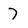
Character: 7